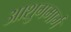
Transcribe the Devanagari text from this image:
आशुगमार्ग